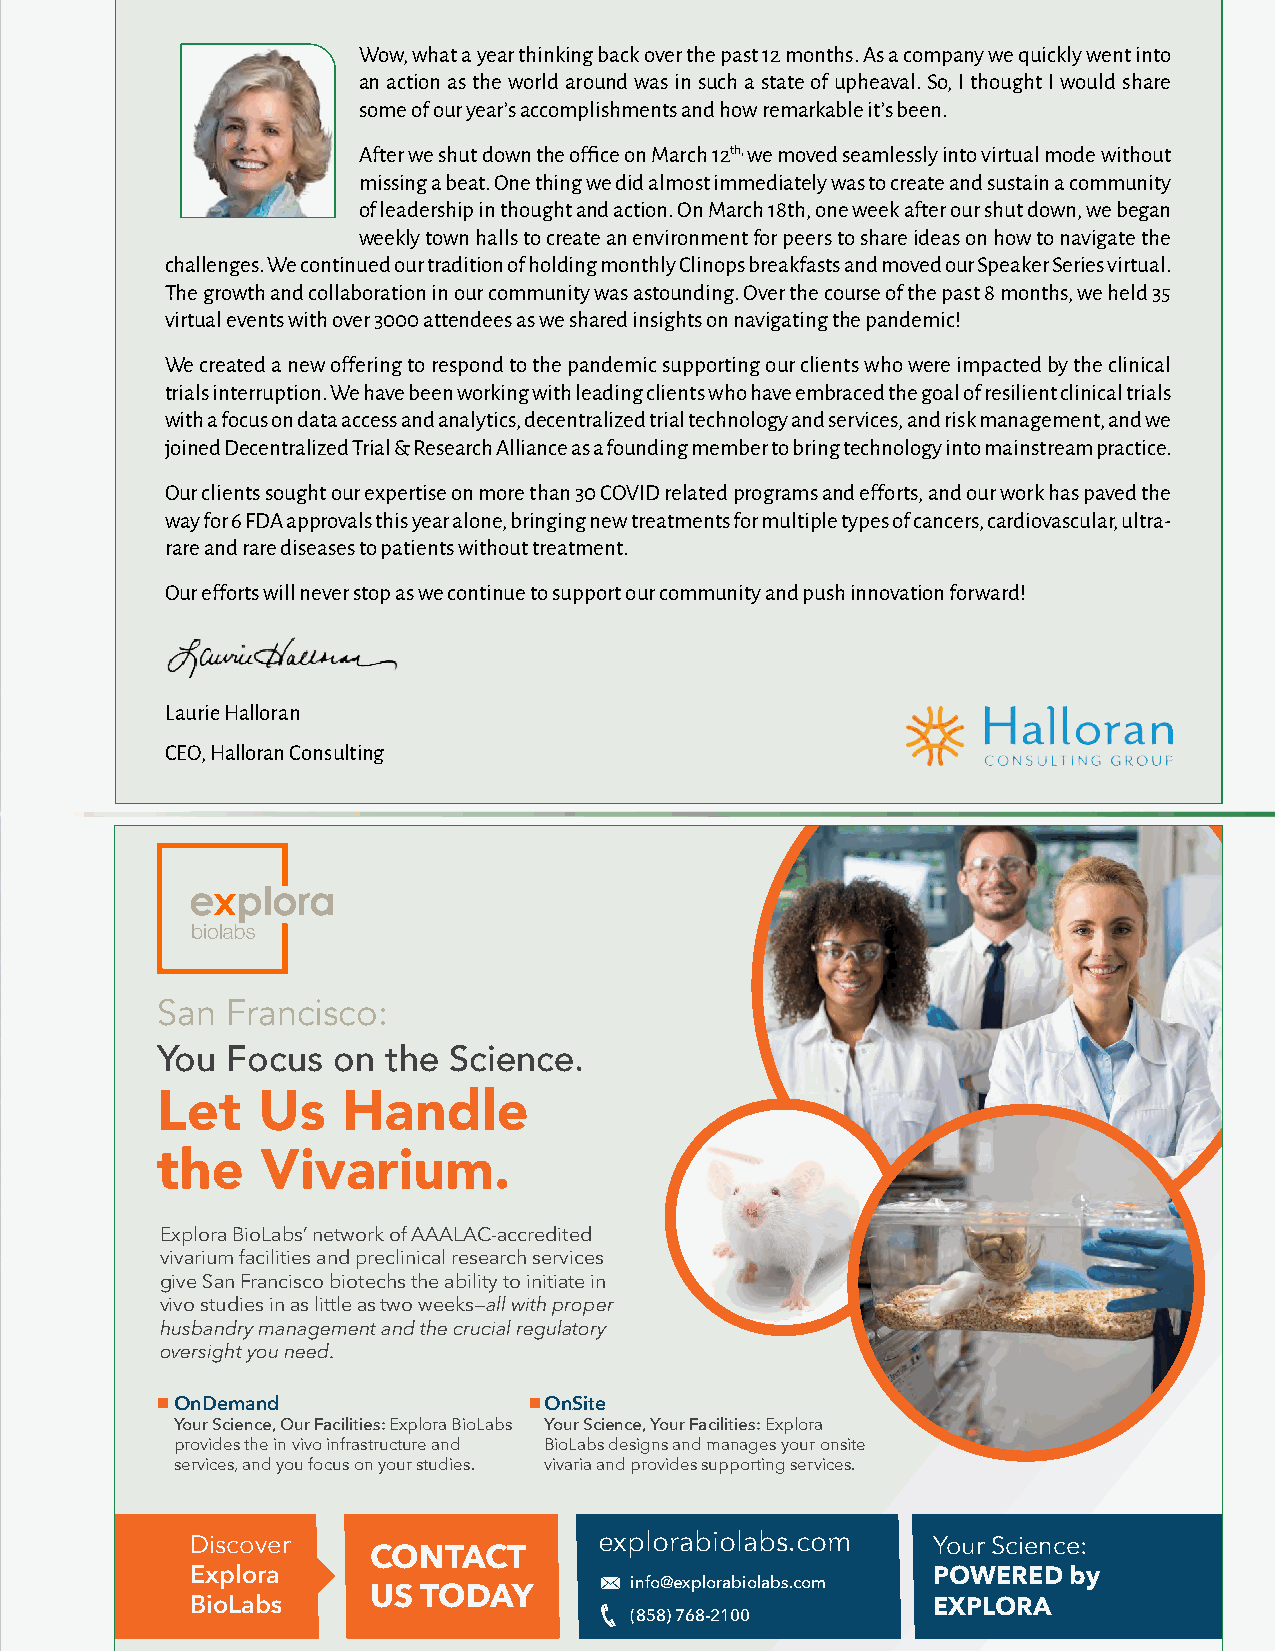
Wow, what a year thinking back over the past 12 months. As a company we quickly went into
 an action as the world around was in such a state of upheaval. So, I thought I would share
 some of our year’s accomplishments and how remarkable it’s been.
 After we shut down the office on March 12th, we moved seamlessly into virtual mode without
 missing a beat. One thing we did almost immediately was to create and sustain a community
 of leadership in thought and action. On March 18th, one week after our shut down, we began
 weekly town halls to create an environment for peers to share ideas on how to navigate the
 challenges. We continued our tradition of holding monthly Clinops breakfasts and moved our Speaker Series virtual.
 The growth and collaboration in our community was astounding. Over the course of the past 8 months, we held 35
 virtual events with over 3000 attendees as we shared insights on navigating the pandemic!
 We created a new offering to respond to the pandemic supporting our clients who were impacted by the clinical
 trials interruption. We have been working with leading clients who have embraced the goal of resilient clinical trials
 with a focus on data access and analytics, decentralized trial technology and services, and risk management, and we
 joined Decentralized Trial & Research Alliance as a founding member to bring technology into mainstream practice.
 Our clients sought our expertise on more than 30 COVID related programs and efforts, and our work has paved the
 way for 6 FDA approvals this year alone, bringing new treatments for multiple types of cancers, cardiovascular, ultra-
 rare and rare diseases to patients without treatment.
 Our efforts will never stop as we continue to support our community and push innovation forward!
 Laurie Halloran
 CEO, Halloran Consulting
 San  Francisco:
 You  Focus  on  the Science.
 Let    Us    Handle
 the    Vivarium.
 Explora BioLabs’ network of AAALAC-accredited
 vivarium facilities and preclinical research services
 give San Francisco biotechs the ability to initiate in
 vivo studies in as little as two weeks—all with proper
 husbandry management and the crucial regulatory
 oversight you need.
 OnDemand                 OnSite
 Your Science, Our Facilities: Explora BioLabs Your Science, Your Facilities: Explora
 provides the in vivo infrastructure and BioLabs designs and manages your onsite
 services, and you focus on your studies. vivaria and provides supporting services.
 Discover                   explorabiolabs.com    Your Science:
 CONTACT
 Explora                                          POWERED  by
 info@explorabiolabs.com
 US  TODAY
 BioLabs                                          EXPLORA
 (858) 768-2100